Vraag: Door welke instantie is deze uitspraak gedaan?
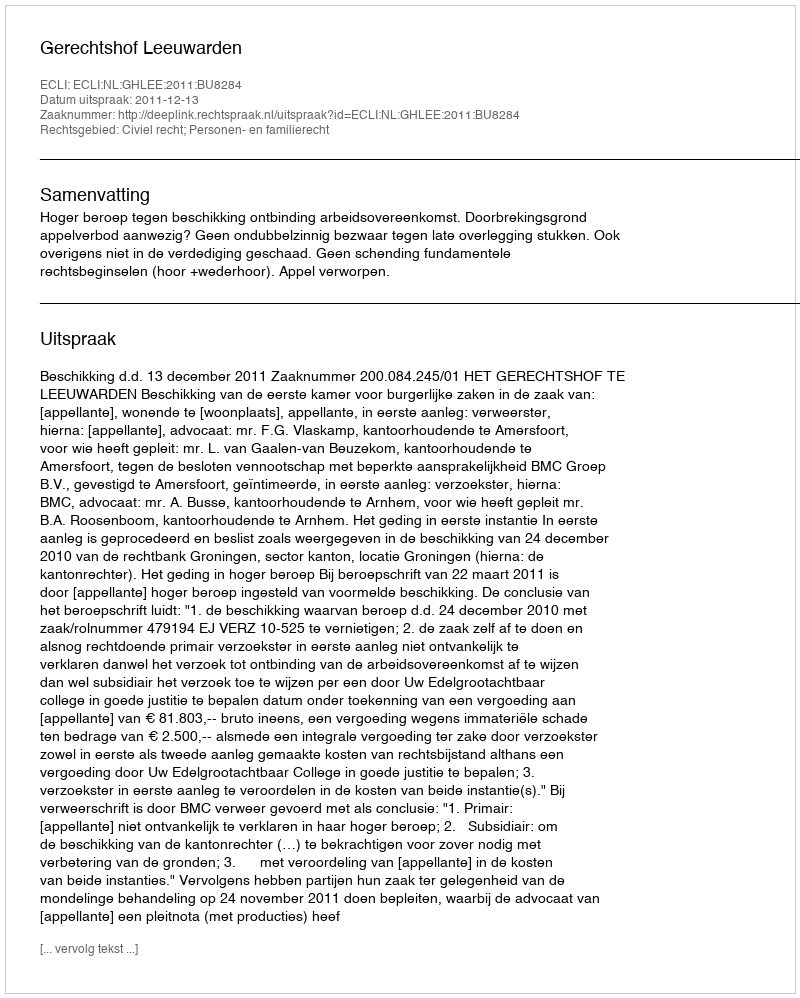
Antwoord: Gerechtshof Leeuwarden